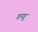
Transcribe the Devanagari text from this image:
गग्गू